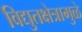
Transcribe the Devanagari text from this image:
विद्युतक्षेत्रामुळे